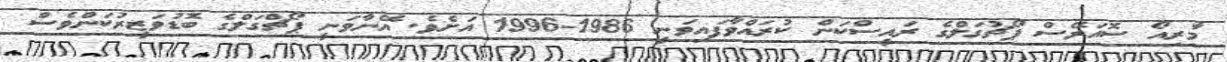
މާރިއޯ ސޮއަރޭސް ޕޯޗުގަލްގެ ރައީސްކަން ކުރައްވާފައިވަނީ 1986-1996 އަށެވެ. އޭނާވަނީ ޕޯޗްގަލްގެ ބޮޑުވަޒީރުކަންވެސް